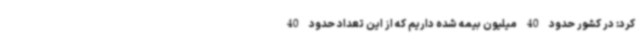
کرد: در کشور حدود 40 میلیون بیمه شده داریم که از این تعداد حدود 40